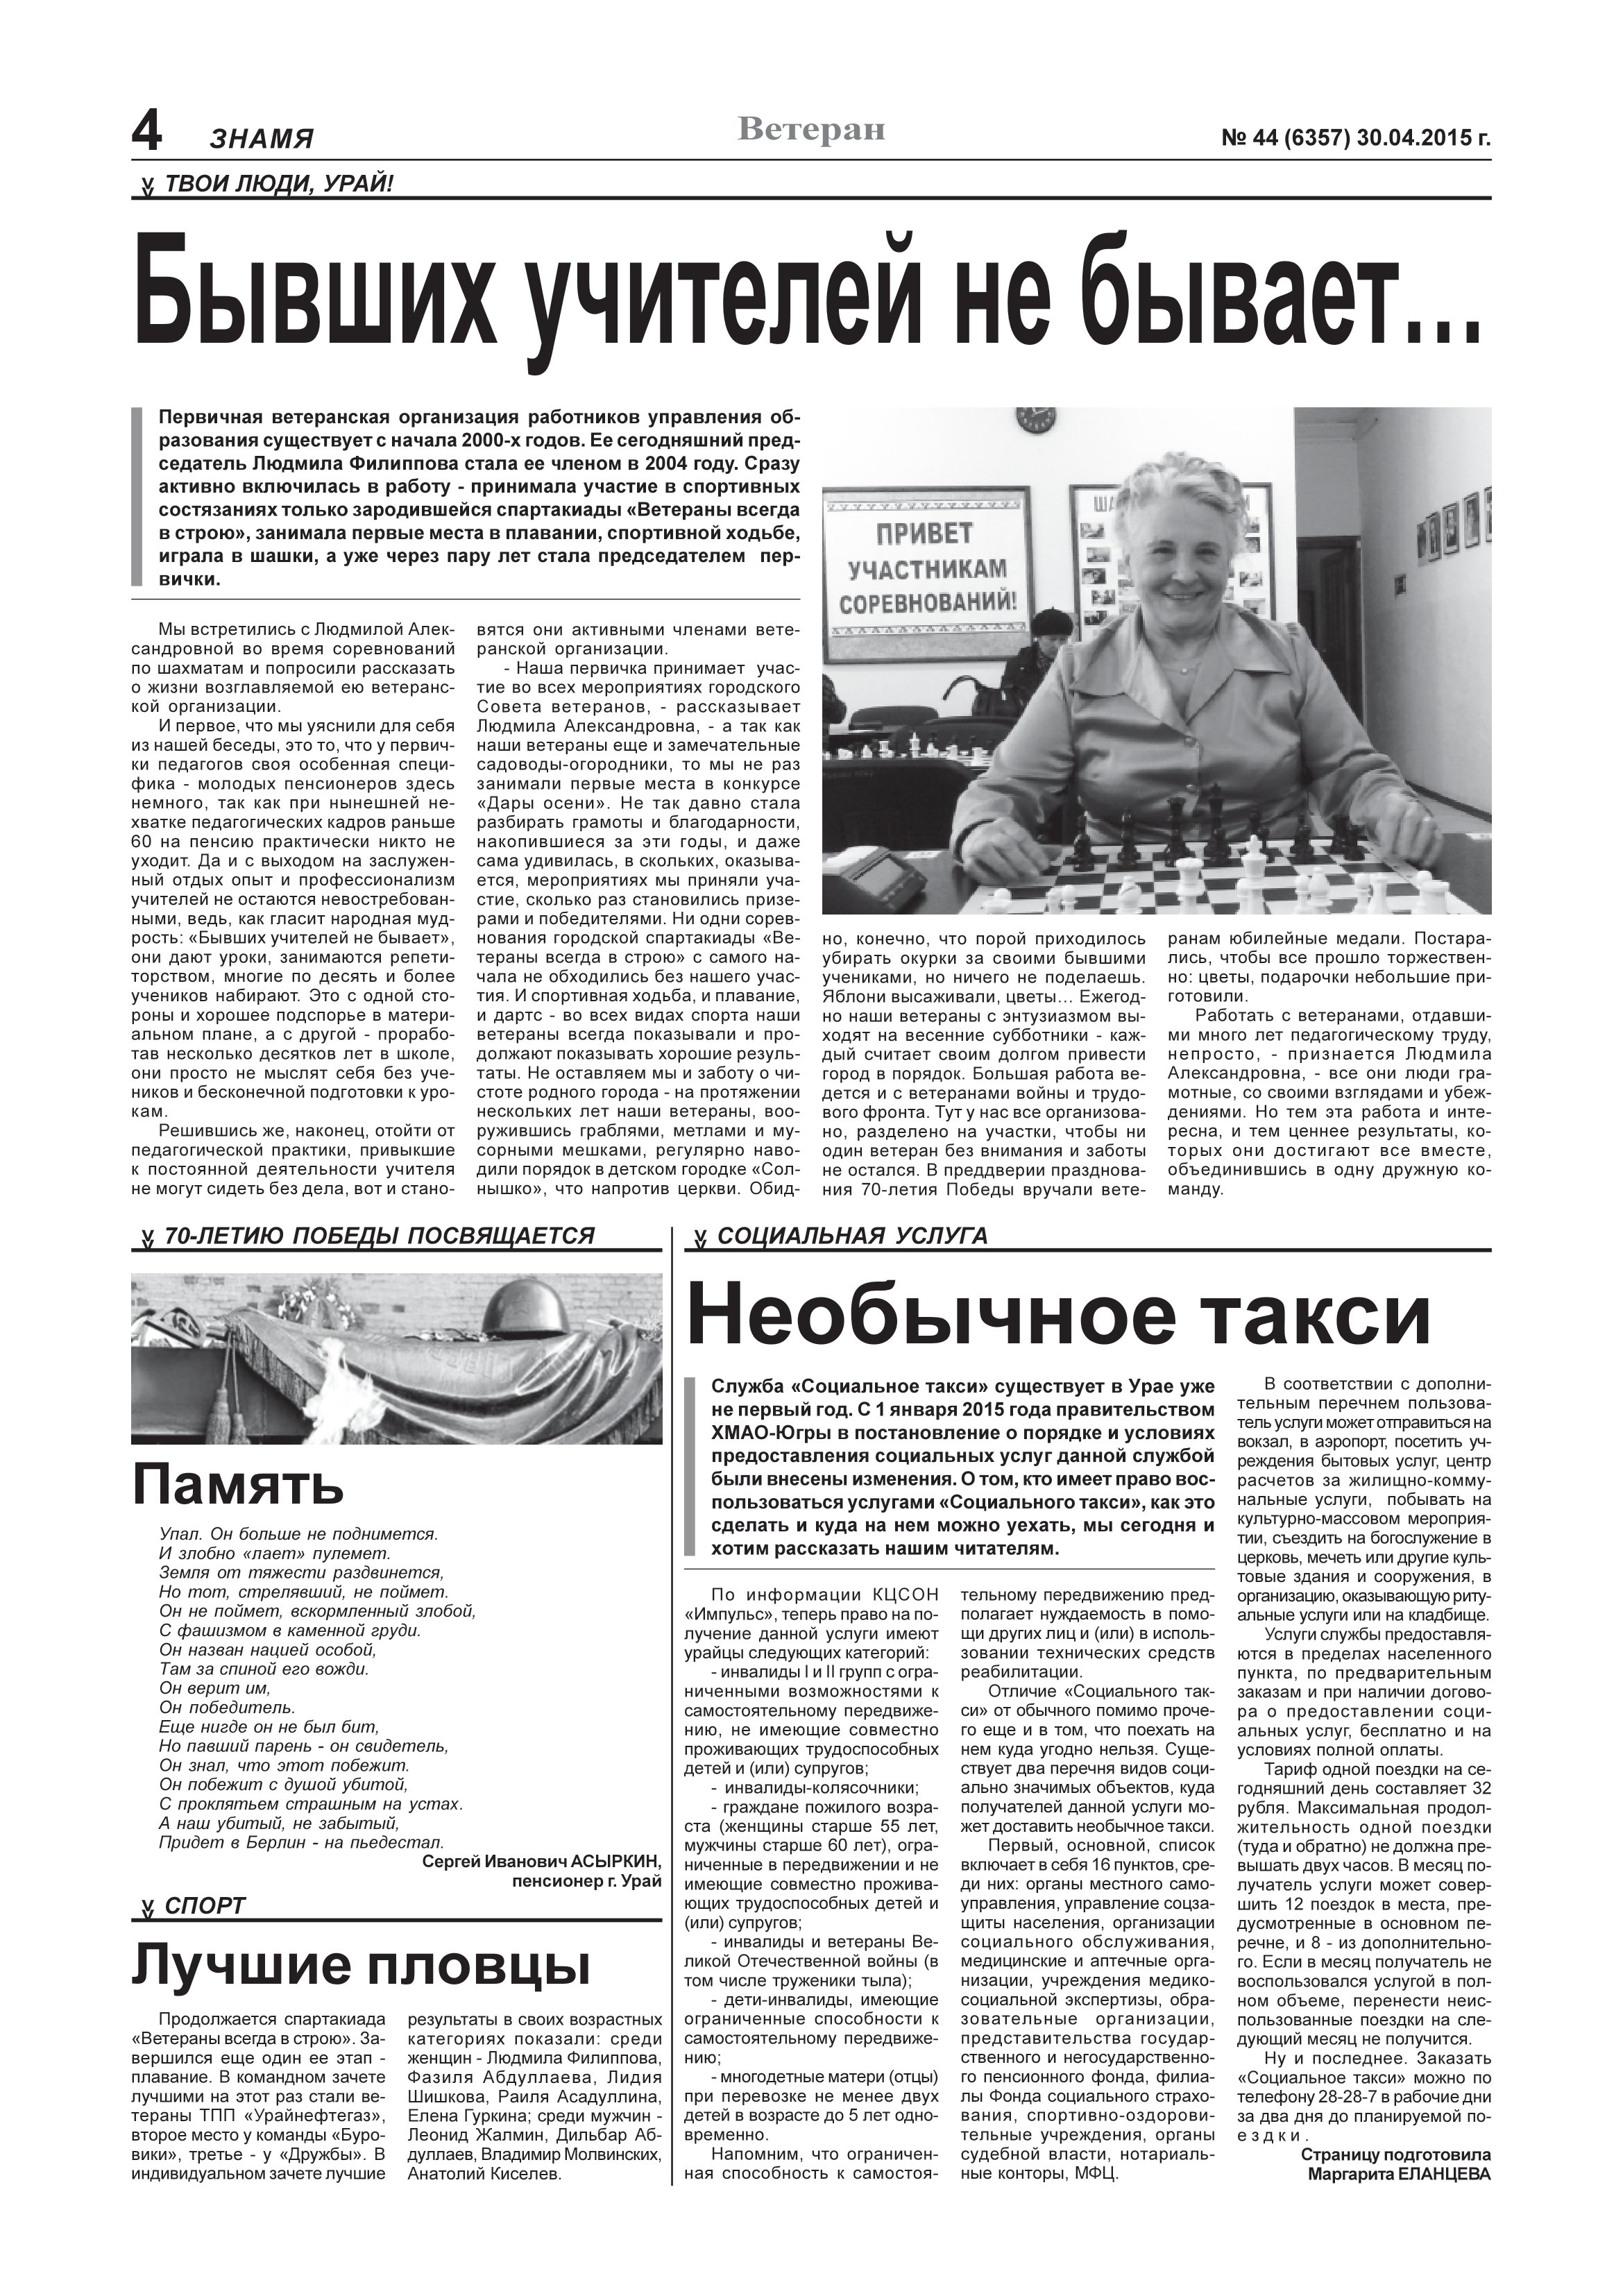
Language: ru